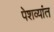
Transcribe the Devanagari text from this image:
पेशव्यांत